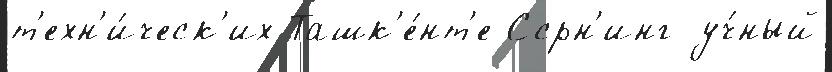
т'ехн'и́ческ'их Ташк'е́нт'е Ссрн'инг уч́ный